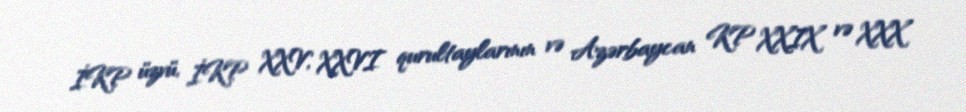
İKP üzvü, İKP XXV, XXVI qurultaylarının və Azərbaycan KP XXIX və XXX